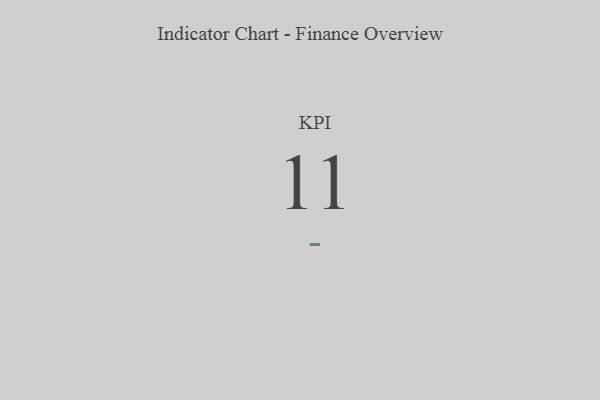
{"axis": {"x": "KPI", "y": "Value"}, "legend": [""], "data": [{"x": "KPI", "y": 11, "type": ""}]}